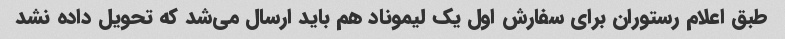
طبق اعلام رستوران برای سفارش اول یک لیموناد هم باید ارسال می‌شد که تحویل داده نشد